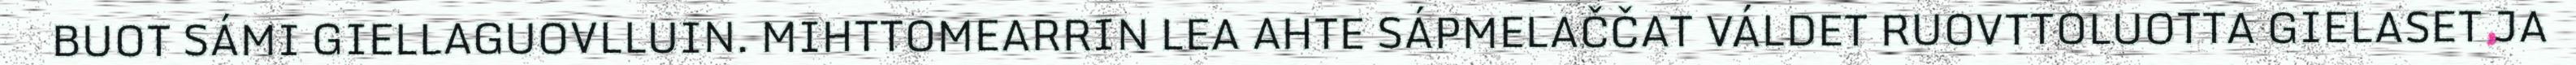
BUOT SÁMI GIELLAGUOVLLUIN. MIHTTOMEARRIN LEA AHTE SÁPMELAČČAT VÁLDET RUOVTTOLUOTTA GIELASET JA